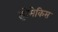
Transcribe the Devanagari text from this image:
झेमेकिस